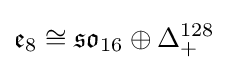
{\mathfrak {e}}_{8}\cong {\mathfrak {so}}_{16}\oplus \Delta _{+}^{128}